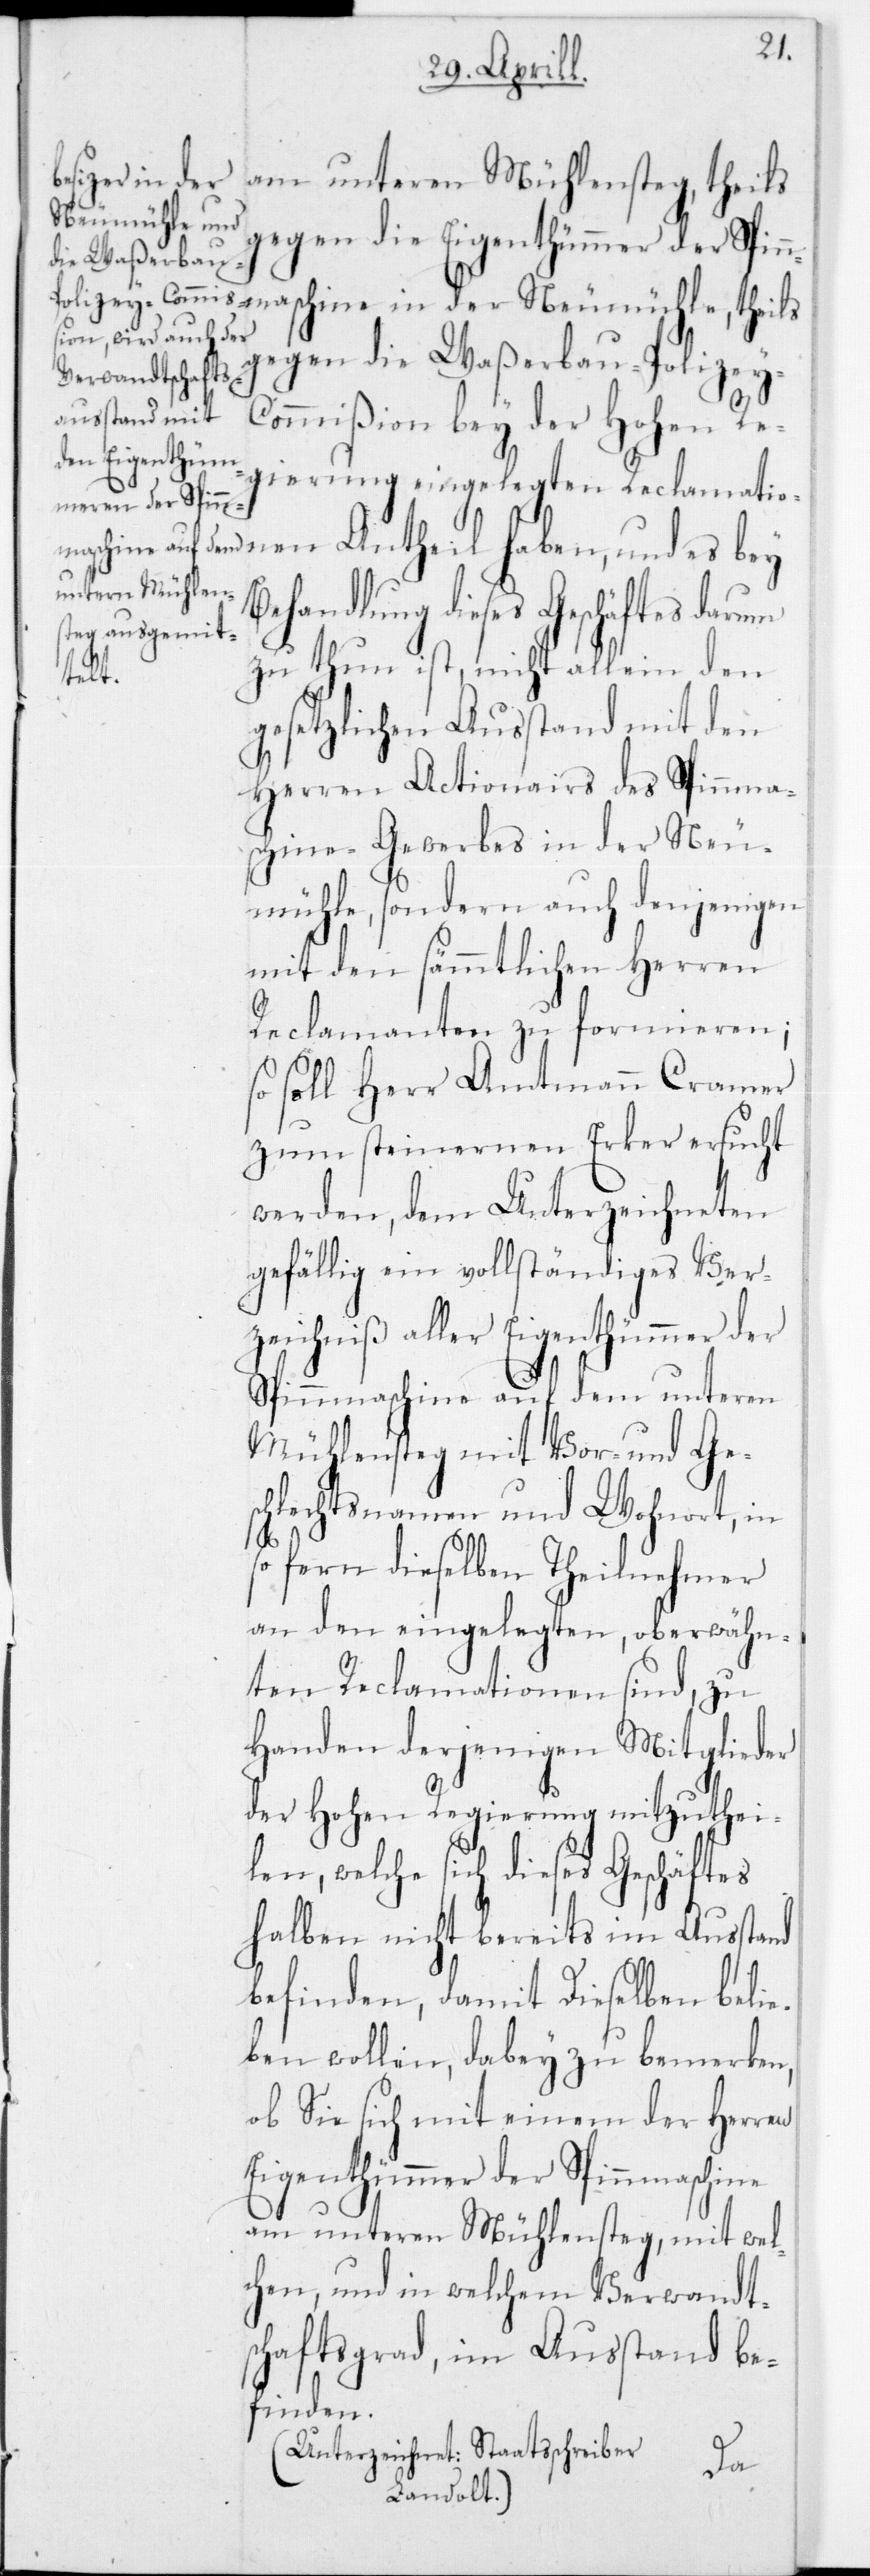
schine in der
am unteren Mühlensteg, theils
Neumühle, t¬
gegen die Eigenthümmer der Spin¬
gegen die Waßerbau-Polizey-C¬
ommißion bey der Hohen Re¬
gierung eingelegten Reclamatio¬
nen Antheil haben, und es bey
Behandlung dieses Geschäftes darum
zu thun ist, nicht allein den
heils
gesetzlichen Ausstand mit den
Herren Actionairs des Spinnma¬
schine-Gewerbs in der Neu¬
mühle, sondern auch denjenigen
mit den sämmtlichen Herren
Reclamanten zu formieren;
so soll Herr Amtmann Cramer
zum Steinernen Erker ersucht
werden, dem Unterzeichneten
gefällig ein vollständiges Ver¬
zeichniß aller Eigenthümmer der
Spinnmaschine auf den unteren
Mühlensteg mit Vor- und Ge¬
schlechtsnamen und Wohnort, in
so fern dieselben Theilnehmer
an den eingelegten, oberwähn¬
ten Reclamationen sind, zu
Handen derjenigen Mitgileder
der Hohen Regierung mitzuthei¬
len, welche sich dieses Geschäftes
halben nicht bereits im Ausstand
befinden, damit dieselben belie¬
ben wollen, dabey zu bemerken,
ob sie sich mit einem der Herren
Eigenthümmer der Spinnmaschine
am unteren Mühlensteg, mit wel¬
chen und in welchem Verwandt¬
schaftsgrad, im Ausstand be¬
finden.
(Unterzeichnet: Staatsschreiber
nma¬
Landolt.)